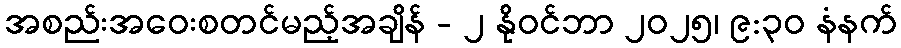
အစည်းအဝေးစတင်မည့်အချိန် - ၂ နိုဝင်ဘာ ၂၀၂၅၊ ၉:၃၀ နံနက်